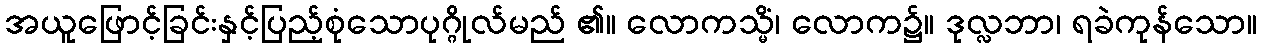
အယူဖြောင့်ခြင်းနှင့်ပြည့်စုံသောပုဂ္ဂိုလ်မည် ၏။ လောကသ္မိံ၊ လောက၌။ ဒုလ္လဘာ၊ ရခဲကုန်သော။